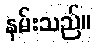
နမ်းသည်။